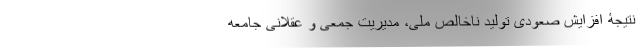
نتیجۀ افزایشِ صعودی تولیدِ ناخالص ملی، مدیریتِ جمعی و عقلانی جامعه